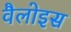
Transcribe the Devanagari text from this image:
वैलोइस